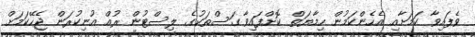
ވެފައިވާ ކަމަށާއި އެހެންކަމުން ހިމާޔަތް ކޮށްފައިވާ ގަސްތަކުގެ ލިސްޓުން ރުއް އުނިކުރަން ޖެހޭކަމަށް